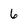
Character: 6